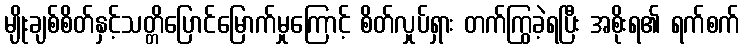
မျိုးချစ်စိတ်နှင့်သတ္တိပြောင်မြောက်မှုကြောင့် စိတ်လှုပ်ရှား တက်ကြွခဲ့ရပြီး အစိုးရ၏ ရက်စက်